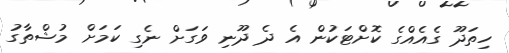
ހިތަދޫ ގެއެއްގެ ކޮށްޓަކުން އެ ދެ ދޫނި ވަގަށް ނެގި ކަމަށް މުޝްތާގު